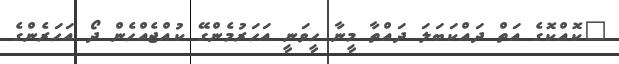
"ކޮއްކޮގެ އަތް ދައްކަބަލަ ދައްތާ މީނާ ހީވަނީ އަހަރުމެންގޭ ކުއްޖެއްހެން ދޯ އަހަރެންގެ